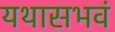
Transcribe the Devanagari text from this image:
यथासभवं